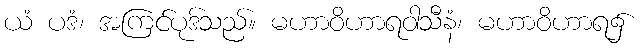
ယံ ပဒံ၊ အကြင်ပုဒ်သည်။ မဟာဝိဟာရဝါသီနံ၊ မဟာဝိဟာရ၌